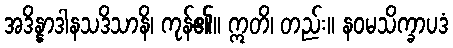
အဒိန္နာဒါနသဒိသာနိ၊ ကုန်၏။ ဣတိ၊ တည်း။ နဝမသိက္ခာပဒံ